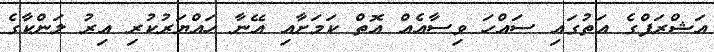
އަޝްރަފްގެ އަތުގައި ސައްހަ ވިސާއެއް އޮތް ކަމަށާއި އޭނާ ހައްޔަރުކުރި އިރު ލަންކާގެ